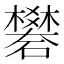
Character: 礬